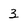
Character: 3